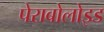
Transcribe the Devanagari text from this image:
पेराबोलोइड